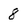
Character: 8